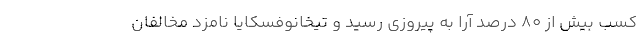
کسب بیش از ۸۰ درصد آرا به پیروزی رسید و تیخانوفسکایا نامزد مخالفان